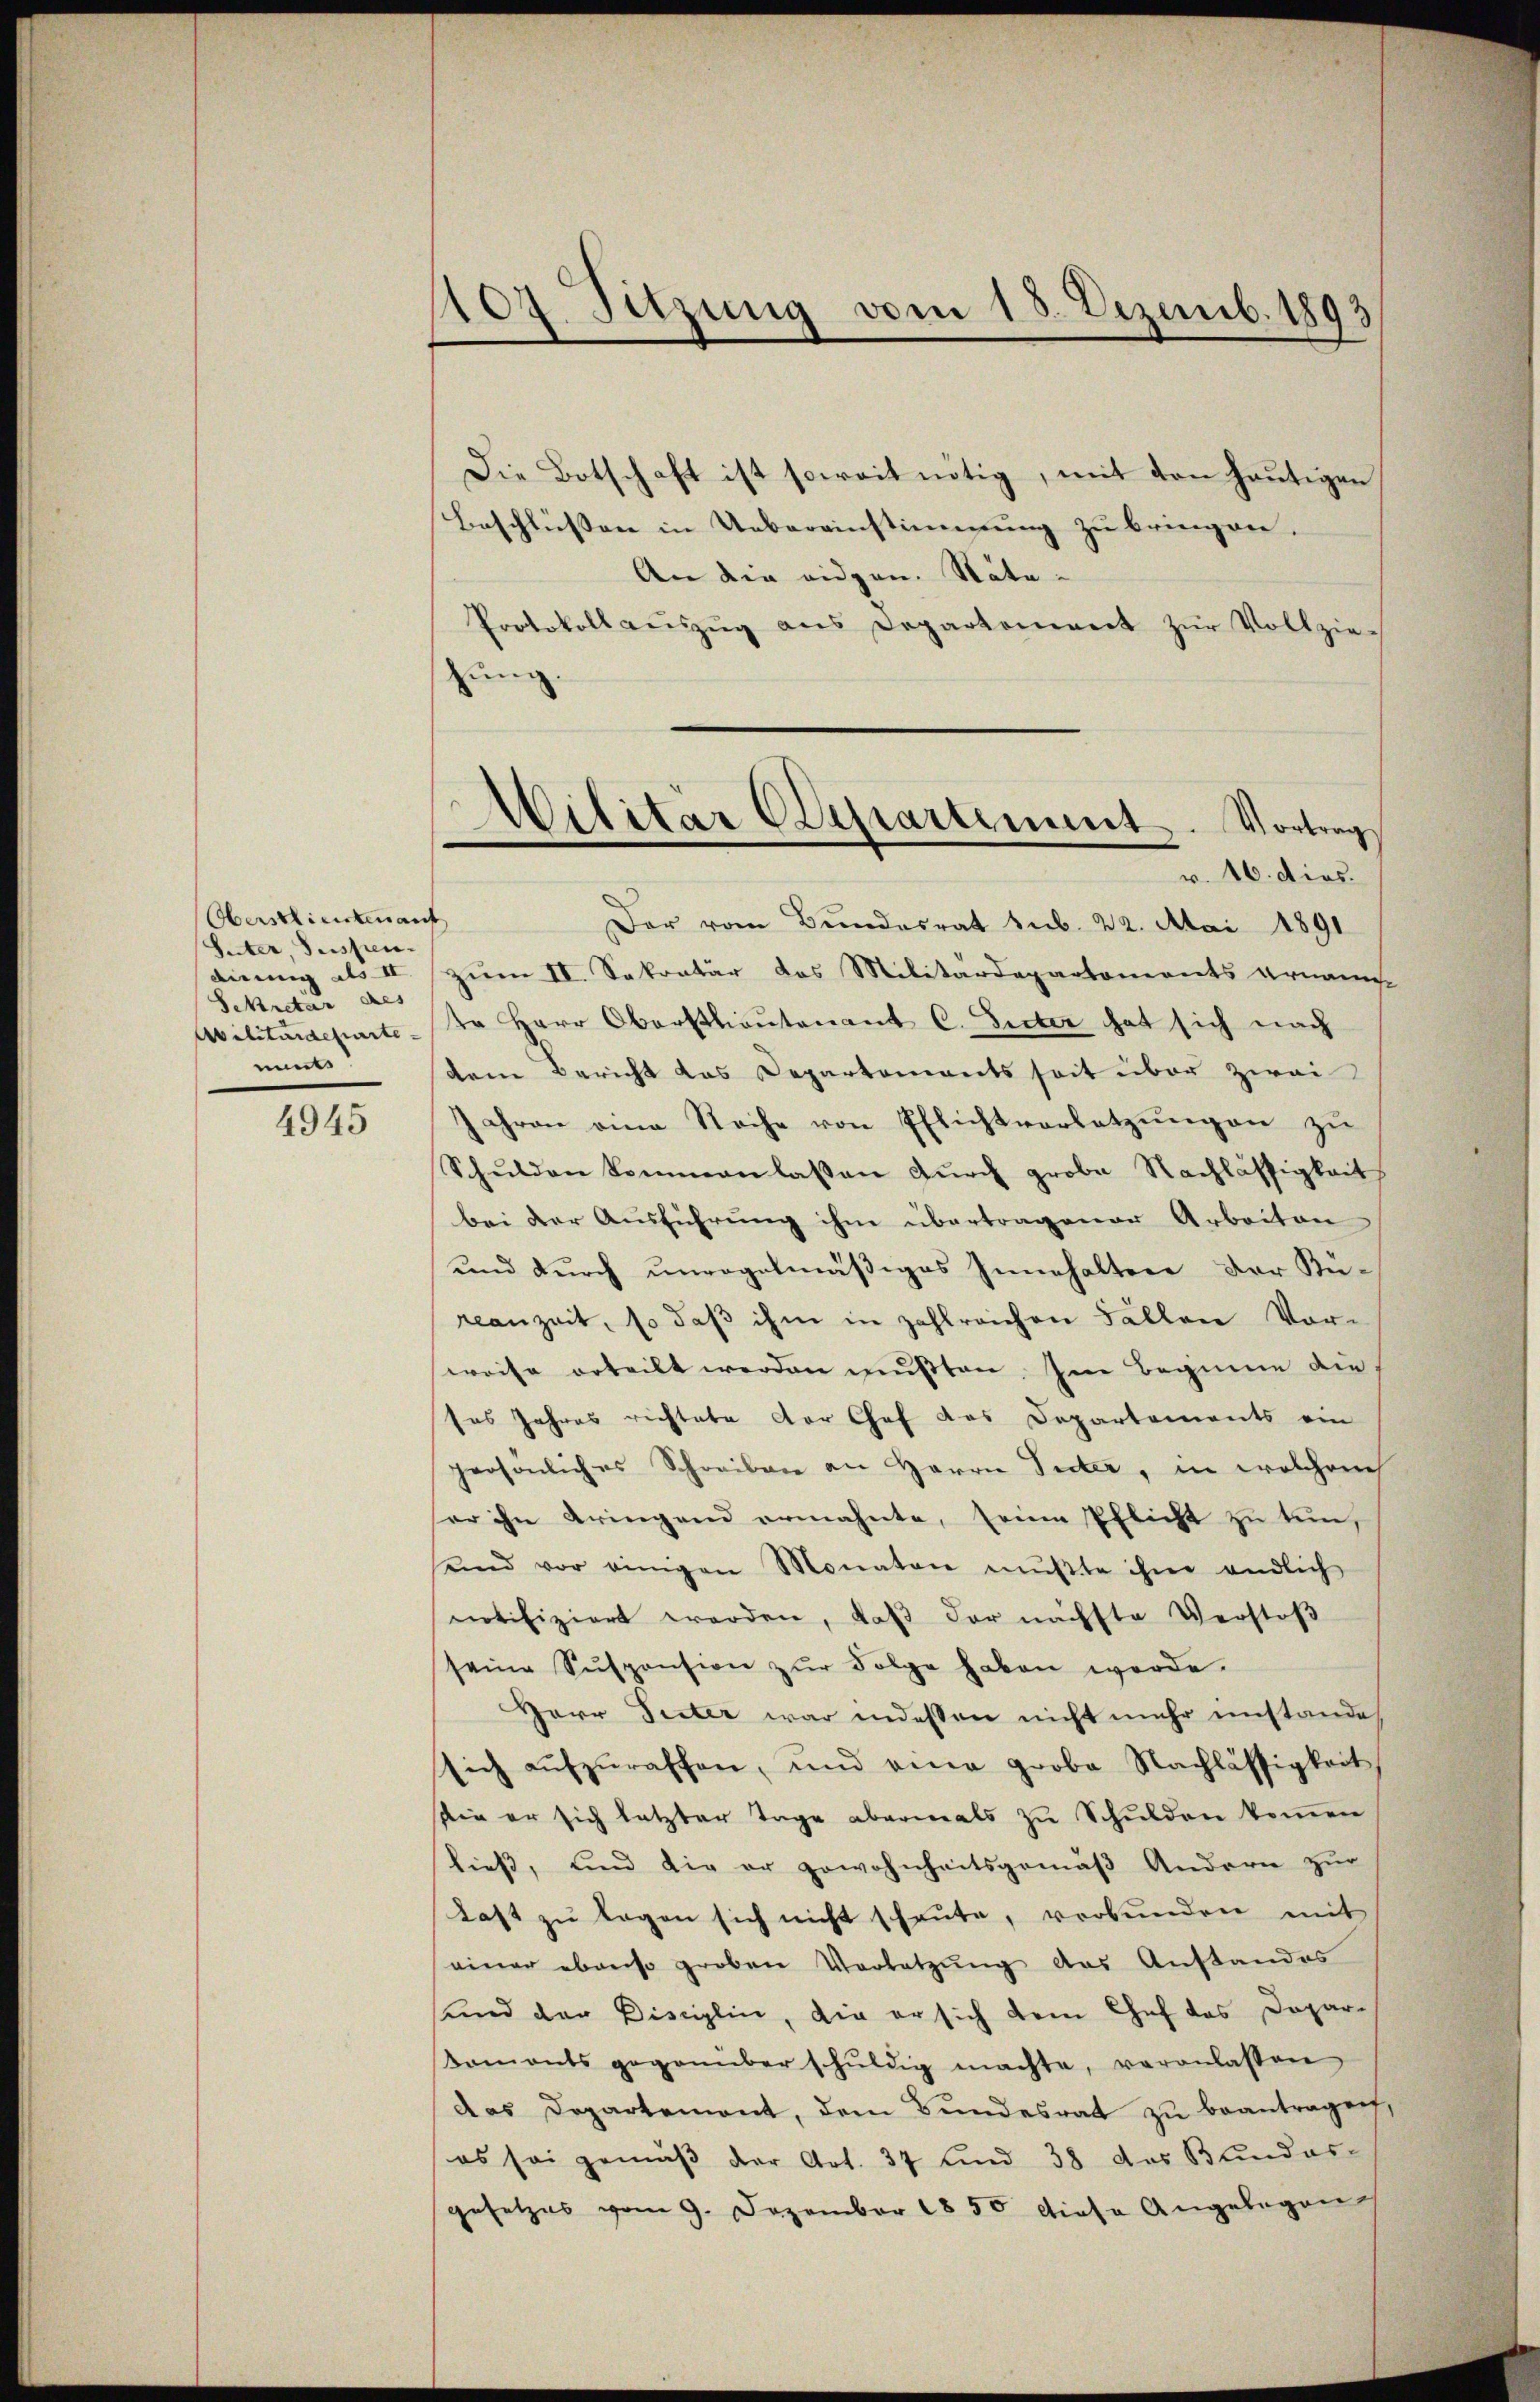
Oberstlieutenant
Suter, Suspen-
dienung als II.
Sekretär des
Militärdeparte
ments

4945

107. Sitzung vom 13. Dezemb. 1893

Die Botschaft ist soweit nötig, mit den heutigen
Beschlüssen in Uebereinstimmung zu bringen.
An die eidgen. Näte-
Protokoll aŭszŭg ans Departement zŭr Vollzie-
hung.
v. 16. dies.
Der vom Bundesrat sub. 22. Mai 1891
zum II. Sekontär das Militärdepartements ernann
te Herr Oberstlieutenant C. Dieter hat sich nach
dem Bericht das Departements seit über zwei
Jahren eine Sache von Pflichtvorletzungen zu
Schulden kommen lassen dŭrch grobe Nachlässigkeit
bei der Ausführung ihm übertragener Arbeiten
und durch unregelmäßiges Innehalten der Anrcanzeit, so daß ihm in zahlreichen Fällen Vor-
weise erteilt werden mußten. Im Beginne die
ses Jahres richtete der Chef das Departements ein
persönliches Schreiben an Herrn Inter, in welchen
ser ihn bringend ermahnte, seine Pflicht zu tun,
und vor einigen Monaten mŭβte ihm endlich
notifiziert werden, daß der nächste Verstoβ
seine Suspension zŭr Folge haben werde.
Herr Peter war indessen nicht mehr instande
sich aŭfzŭraffen, und eine grobe Nachlässigkeit
sie er sich letzter Tage abermals zu Schulden kommen
ließ, und die er gewohnheitsgemäß Andern zur
Last zu legen sich nicht scheute, verbunden mit
einer ebenso groben Verletzung das Anstandes
und der Disciplin, die er sich dem Chef das Daparkoments gegenüber schŭldig machte, veranlassen
das Departement, dem Bundesrat zu beantragen,
es sei gemäß der Art. 37 und 38 das Bundes-
gesetzes vom 9. Dezember 1856 diese Angelegen

Militär Departement. Vortrag